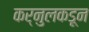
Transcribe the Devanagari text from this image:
कर्नुलकडून